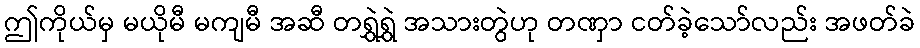
ဤကိုယ်မှ မယိုမီ မကျမီ အဆီ တရွှဲရွှဲ အသားတွဲဟု တဏှာ ငတ်ခဲ့သော်လည်း အဖတ်ခဲ